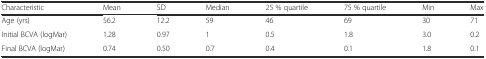
<table><thead><tr><td><b>Characteristic</b></td><td><b>Mean</b></td><td><b>SD</b></td><td><b>Median</b></td><td><b>25 % quartile</b></td><td><b>75 % quartile</b></td><td><b>Min</b></td><td><b>Max</b></td></tr></thead><tbody><tr><td>Age (yrs)</td><td>56.2</td><td>12.2</td><td>59</td><td>46</td><td>69</td><td>30</td><td>71</td></tr><tr><td>Initial BCVA (logMar)</td><td>1.28</td><td>0.97</td><td>1</td><td>0.5</td><td>1.8</td><td>3.0</td><td>0.2</td></tr><tr><td>Final BCVA (logMar)</td><td>0.74</td><td>0.50</td><td>0.7</td><td>0.4</td><td>0.1</td><td>1.8</td><td>0.1</td></tr></tbody></table>